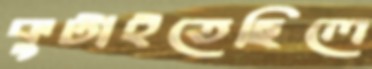
কুটাইতেছিলে